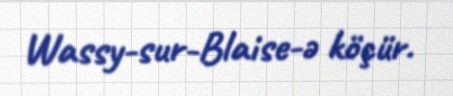
Wassy-sur-Blaise-ə köçür.